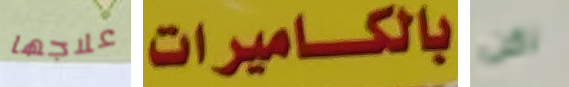
علاجها بالكاميرات لكن